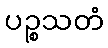
ပဉ္စသတံ